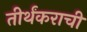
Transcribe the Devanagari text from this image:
तीर्थंकराची